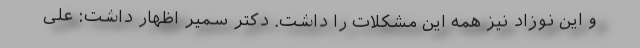
و این نوزاد نیز همه این مشکلات را داشت. دکتر سمیر اظهار داشت: علی